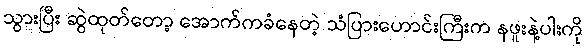
သွားပြီး ဆွဲထုတ်တော့ အောက်ကခံနေတဲ့ သံပြားဟောင်းကြီးက နဖူးနဲ့ပါးကို